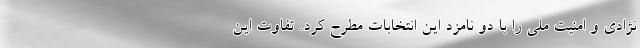
نژادی و امنیت ملی را با دو نامزد این انتخابات مطرح کرد. تفاوت این